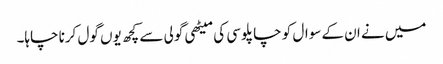
میں نے ان کے سوال کو چاپلوسی کی میٹھی گولی سے کچھ یوں گول کرنا چاہا۔